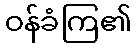
ဝန်ခံကြ၏